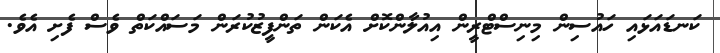
ކަނޑައަޅައި ހައުސިން މިނިސްޓްރީން އިއުލާންކޮށް އެކަން ތަންފީޒުކުރަން މަސައްކަތް ވެސް ފެށި އެވެ.